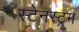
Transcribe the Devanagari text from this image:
स्टेनस्ट्रम